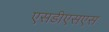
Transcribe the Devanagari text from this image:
एसडीएसएस